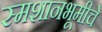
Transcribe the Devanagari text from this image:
स्मशानभूमीचे